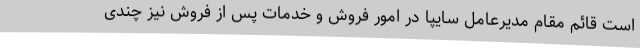
است قائم مقام مدیرعامل سایپا در امور فروش و خدمات پس از فروش نیز چندی